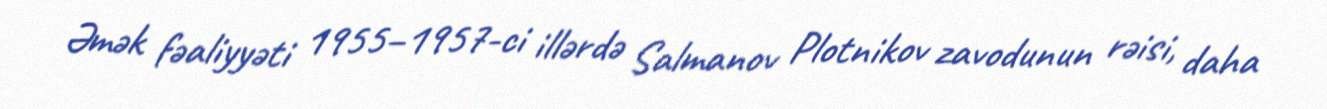
Əmək fəaliyyəti 1955–1957-ci illərdə Salmanov Plotnikov zavodunun rəisi, daha